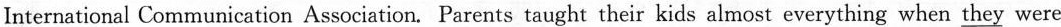
C.explains how to send messages，take pictures and make video calls